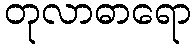
တုလာဓာရော